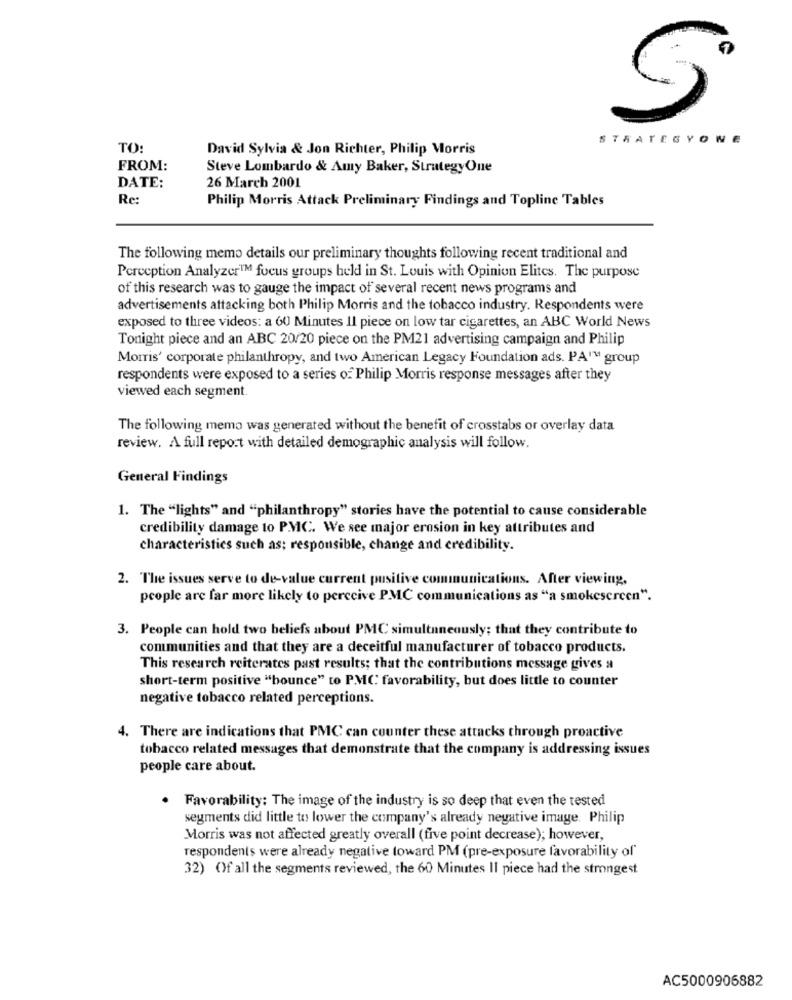
5.
STRATEGYONE
TO:
David Sylvia & Jon Richter, Philip Morris
FROM:
Steve Lombardo & Amy Baker, StrategyOne
DATE:
26 March 2001
Re
Philip Morris Attack Preliminary Findings and Topline Tables
The following memo details our preliminary thoughts following recent traditional and
Perception AnalyzerTM focus groups held in St. Louis with Opinion Elites. The purpose
of this research was to gauge the impact of several recent news programs and
advertisements attacking both Philip Morris and the tobacco industry. Respondents were
exposed to three videos: a 60 Minutes Il piece on low tar cigarettes, an ABC World News
Tonight piece and an ABC 20/20 piece on the PM21 advertising campaign and Philip
Morris' corporate philanthropy, and two American Legacy Foundation ads. PA' group
respondents were exposed to a series of Philip Morris response messages after they
viewed each segment
The following memo was generated without the benefit of crosstabs or overlay data
review. A full report with detailed demographic analysis will follow.
General Findings
1. The "lights" and "philanthropy" stories have the potential to cause considerable
credibility damage to PMC. We see major erosion in key attributes and
characteristics such as; responsible, change and credibility.
2. The issues serve to de-value current pusitive communications. After viewing,
people are far more likely to perceive PMC communications as "a smokescreen".
3. People can hold two beliefs about PMC simultaneously; that they contribute to
communities and that they are a deceitful manufacturer of tobacco products.
This research reiterates past results; that the contributions message gives a
short-term positive "bounce" to PMC favorability, but does little to counter
negative tobacco related perceptions.
4. There are indications that PMC can counter these attacks through proactive
tobacco related messages that demonstrate that the company is addressing issues
people care about.
. Favorability: The image of the industry is so deep that even the tested
segments did little to lower the company's already negative image. Philip
Morris was not affected greatly overall (five point decrease); however,
respondents were already negative toward PM (pre-exposure favorability of'
32) Of all the segments reviewed, the 60 Minutes II piece had the strongest
AC5000906882